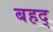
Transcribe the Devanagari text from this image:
बहद्